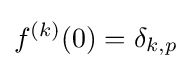
f^{(k)}(0)=\delta _{k,p}